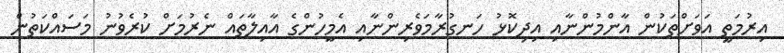
އިރުމަތީ އަވަށްތަކުން އާންމުންނާއި އިދިކޮޅު ހަނގުރާމަވެރިންނާއި އެމީހުންގެ އާއިލާތައް ނެރުމަށް ކުރެވުނު މަސައްކަތުން